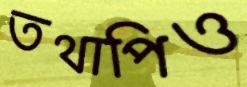
তথাপিও